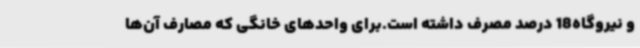
و نیروگاه18 درصد مصرف داشته است.برای واحدهای خانگی که مصارف آن‌ها